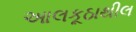
આલકૂઠાથીલ